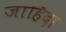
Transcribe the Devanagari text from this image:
जाहिदा